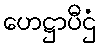
ဟေဋ္ဌာပီဌံ